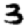
Digit: 3